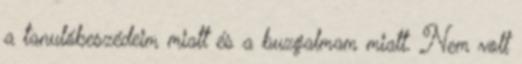
a tanulóbeszédeim miatt és a buzgalmam miatt. Nem volt